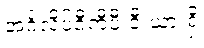
အင်္ဂလိပ်ဝီကီပီးဒီးယားရှိ